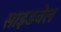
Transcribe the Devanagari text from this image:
साइडवेल